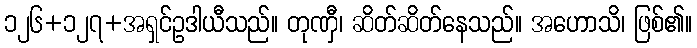
၁၂၆+၁၂၇+အရှင်ဥဒါယီသည်။ တုဏှီ၊ ဆိတ်ဆိတ်နေသည်။ အဟောသိ၊ ဖြစ်၏။